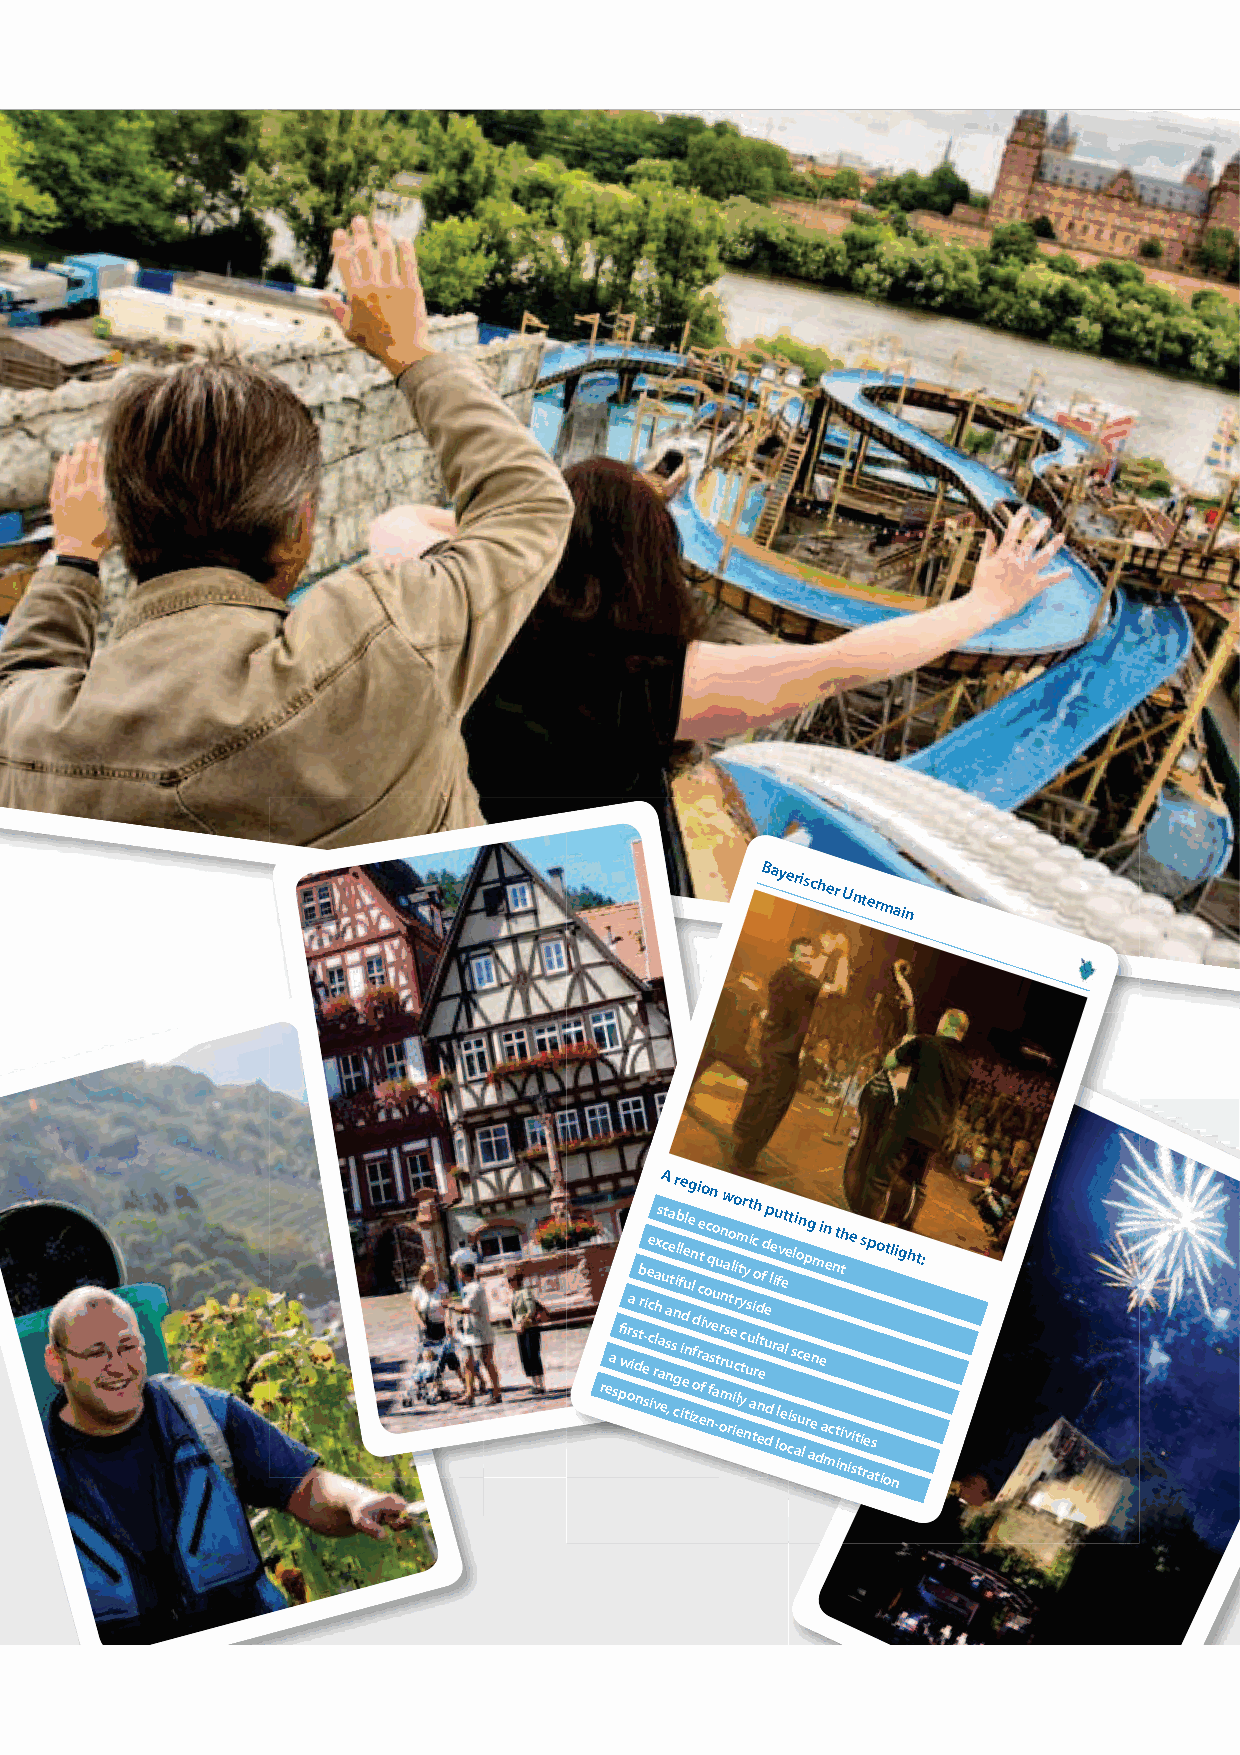
Bayerischer
 Untermain
 rea
 s
 pfi
 w
 ora is
 d
 n
 tb r
 e
 s-ie ce c
 i
 vra h lxs aa euA c t na s ,ea t sn cgr ilb fle iid eue tnleg
 i
 n l od
 zf
 i rce t efio
 a
 o v c nq fsn eo u
 a
 -u
 t
 r omn rnw a s
 u
 ro t el
 i
 io r ci
 l
 em t y ytcr y nus ut i
 a
 tich o rld enet f d u dep
 d
 le r i u lf lav oeet le
 ci
 t
 s
 sl ai o
 c
 un lep rg aenm
 d
 i
 e
 an me
 c
 nt
 t
 inith
 v
 ie
 i st
 tis rep
 as
 to iotl night: